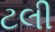
ટલી